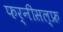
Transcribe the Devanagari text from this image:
फर्नीसल्फ्र